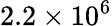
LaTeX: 2.2\times 10^{6}